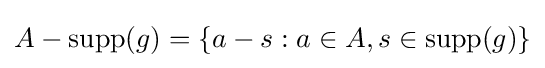
A-\operatorname {supp} (g)=\{a-s:a\in A,s\in \operatorname {supp} (g)\}